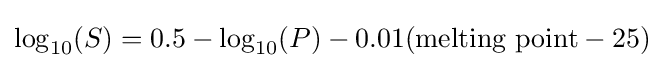
\log _{10}(S)=0.5-\log _{10}(P)-0.01({\text{melting point}}-25)